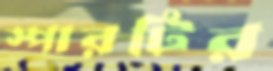
স্পারটির